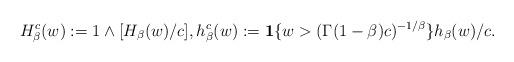
LaTeX: \begin{align*} H_\beta^c(w) := 1 \wedge [H_\beta(w)/c], h_\beta^c(w) := \mathbf 1\{w > (\Gamma(1-\beta) c)^{-1/\beta}\} h_\beta(w)/c.\end{align*}